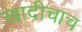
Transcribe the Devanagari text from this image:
खादीचाच